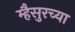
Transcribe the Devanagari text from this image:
म्हैसुरच्या